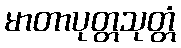
မာတာပုတ္တသုတ္တံ